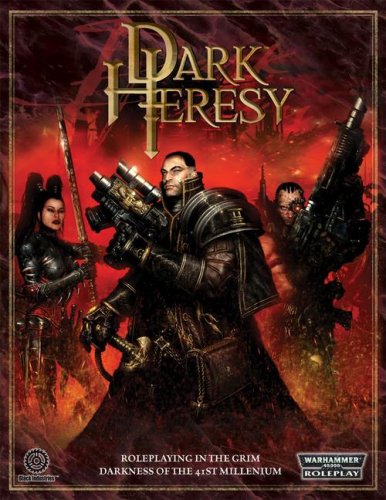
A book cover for Warhammer 40,000 Roleplay: Dark Heresy; Black Industries; Science Fiction & Fantasy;